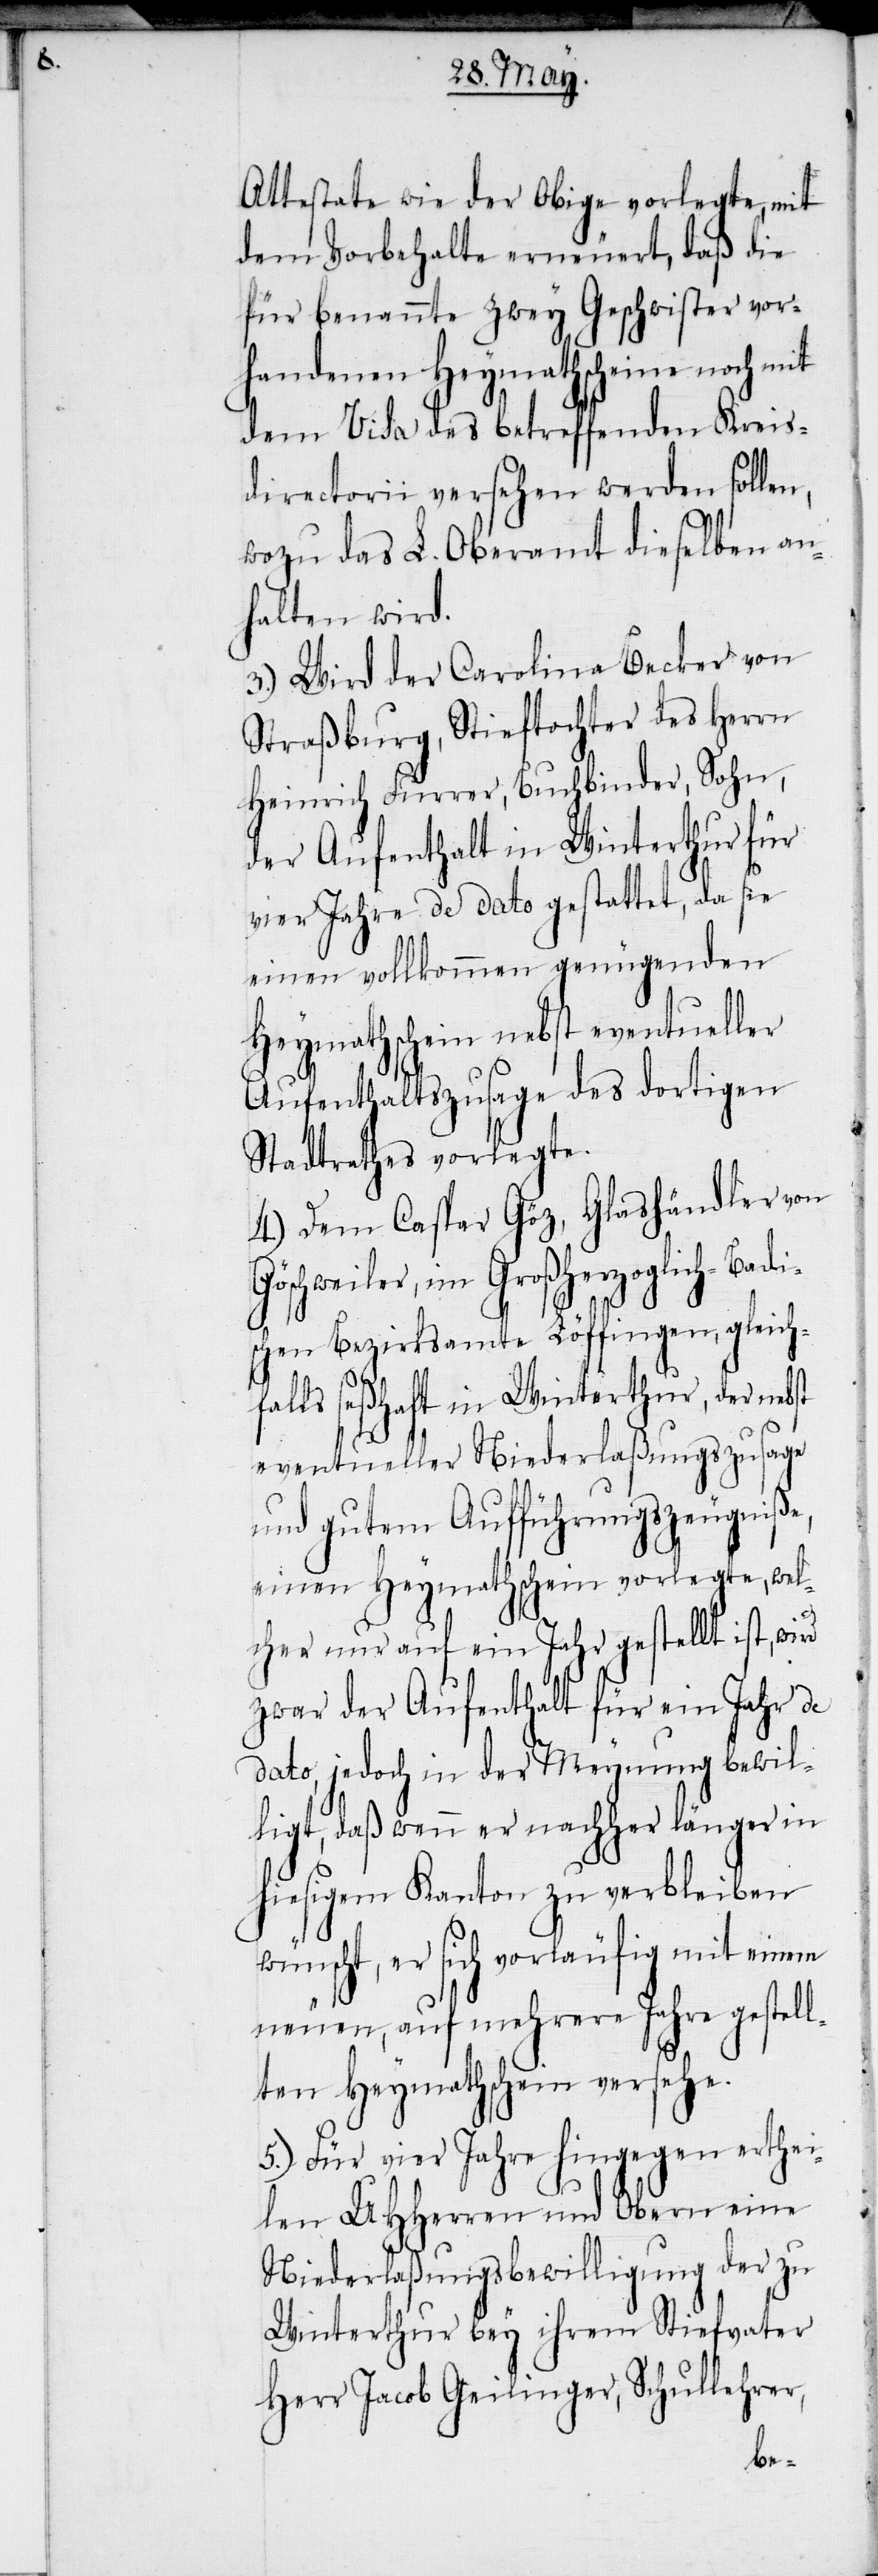
Attestate wie der Obige vorlegte, mit
dem Vorbehalte erneuert, daß die
für benannte zwey Geschwister vor¬
handenen Heymathscheine noch mit
dem Visa des betreffenden Kreis¬
directorii versehen werden sollen,
wozu das L. Oberamt dieselben an¬
halten wird.
3.) Wird der Carolina Becker von
Straßburg, Stieftochter des Herrn
Heinrich Furrer, Buchbinder, Sohn,
der Aufenthalt in Winterthur für
vier Jahre de dato gestattet, da sie
einen vollkommen genügenden
Heymathschein nebst eventueller
Aufenthaltszusage des dortigen
Stadtrathes vorlegte.
4.) Dem Caspar Göz, Glashändler von
Göschweiler, im Großherzoglich-Badi¬
schen Bezirksamte Löffingen, gleich¬
falls seßhaft in Winterthur, der nebst
eventueller Niederlaßungszusage
und gutem Aufführungszeugniße,
einen Heymathschein vorlegte, wel¬
cher nur auf ein Jahr gestellt ist,
zwar der Aufenthalt für ein Jahr de
dato, jedoch in der Meynung bewil¬
ligt, daß wenn er nachher länger in
hiesigem Kanton zu verbleiben
wünscht, er sich vorläufig mit einem
neuen, auf mehrere Jahre gestell¬
ten Heymathschein versehe.
5.) Für vier Jahre hingegen erthei¬
len UHHerren und Obern eine
Niederlaßungsbewilligung der zu
Winterthur bey ihrem Stiefvater
Herr Jacob Geilinger, Schullehrer,